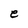
Character: e